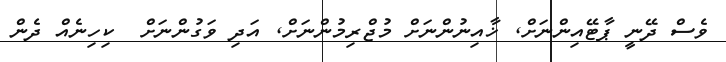
ވެސް ދޭނީ ޕާޓޭއިންނަށް